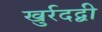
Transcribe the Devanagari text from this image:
खुर्रदद्बी